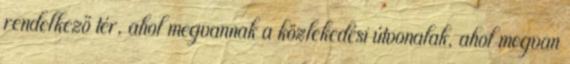
rendelkező tér, ahol megvannak a közlekedési útvonalak, ahol megvan